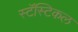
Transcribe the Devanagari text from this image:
स्टॅस्टिकल